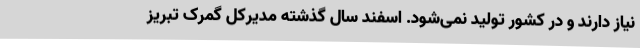
نیاز دارند و در کشور تولید نمی‌شود. اسفند سال گذشته مدیرکل گمرک تبریز